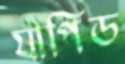
যাপিড